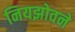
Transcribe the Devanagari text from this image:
नियझोवने